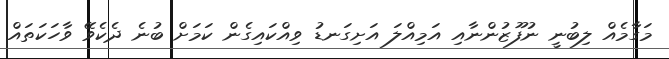
މަގާމެއް ލިބުނީ ނުފޫޒުންނާއި އަމިއްލަ އަށިގަނޑު ވިއްކައިގެން ކަމަށް ބުނެ ދެކެވޭ ވާހަކަތައް